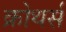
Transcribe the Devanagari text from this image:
क्रोथर्स